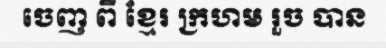
ចេញ ពី ខ្មែរ ក្រហម រួច បាន